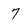
Character: 7